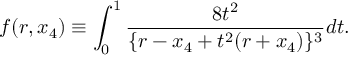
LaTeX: f ( r , x _ { 4 } ) \equiv \int _ { 0 } ^ { 1 } \frac { 8 t ^ { 2 } } { \{ r - x _ { 4 } + t ^ { 2 } ( r + x _ { 4 } ) \} ^ { 3 } } d t .